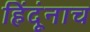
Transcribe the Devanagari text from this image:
हिंदूंनाच